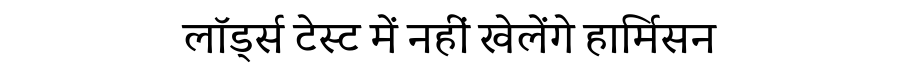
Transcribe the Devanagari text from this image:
लॉर्ड्स टेस्ट में नहीं खेलेंगे हार्मिसन